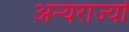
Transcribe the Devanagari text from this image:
अन्यराज्यों